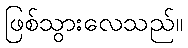
ဖြစ်သွားလေသည်။